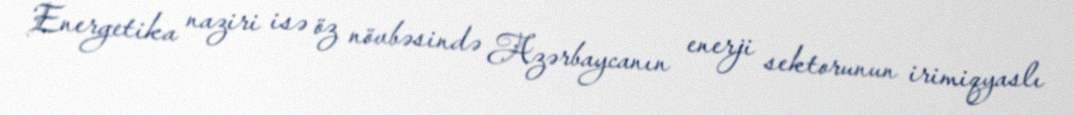
Energetika naziri isə öz növbəsində Azərbaycanın enerji sektorunun irimiqyaslı